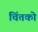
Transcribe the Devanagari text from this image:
चिंतको